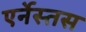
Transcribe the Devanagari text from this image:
एर्नेस्तस